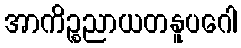
အာကိဉ္စညာယတနူပဂေါ